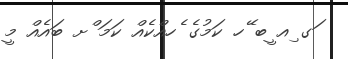
ަގ ިއ ީބ ޭހ ކަމުގެ ެހއްކެއް ކަމަ ްށ ބައެއް މީ